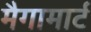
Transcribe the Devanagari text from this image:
मैगामार्ट